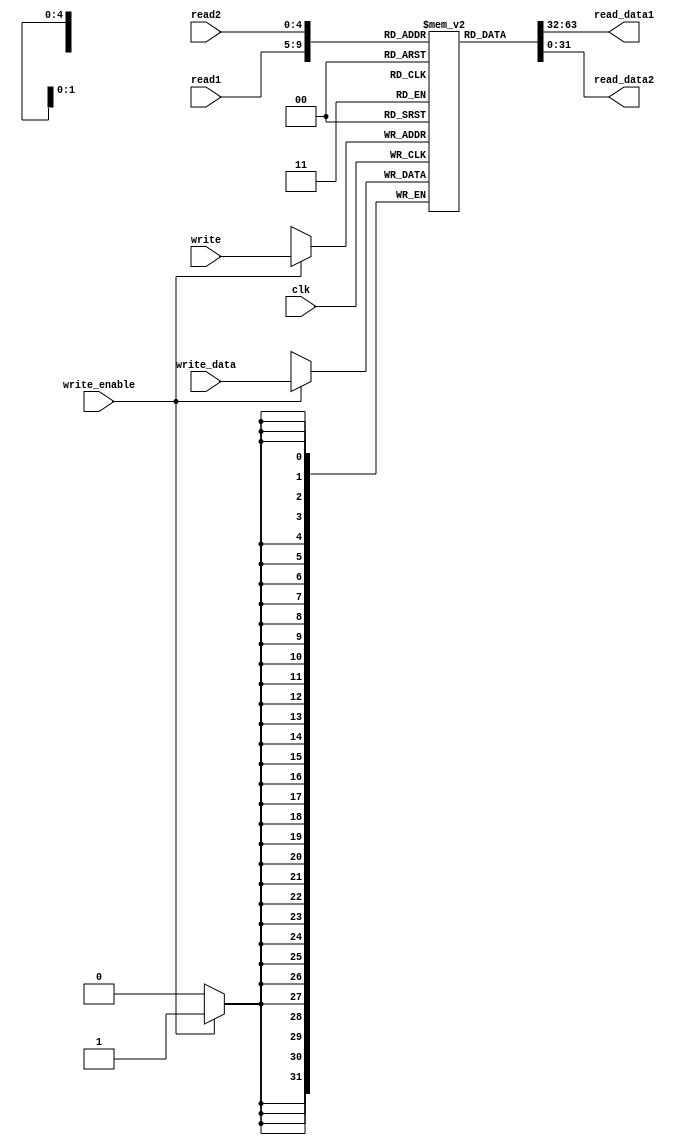
/*
 * Mark Mossberg
 * 12/5/2014
 * EECE 3324
 *
 * register_file.v -- Register file (32 registers, 32 bits each)
 */

module register_file (clk, read1, read2, write, write_data, write_enable,
                      read_data1, read_data2);

input clk, write_enable;
input [4:0] read1, read2, write;
input [31:0] write_data;
output [31:0] read_data1, read_data2;

reg [5:0] i;
reg [31:0] regfile [31:0];

/* initial clear */
initial
begin
    for (i = 0; i < 32; i=i+1)
        regfile[i] = 0;
end

assign read_data1 = regfile[read1];
assign read_data2 = regfile[read2];

/* writeback */
always @(posedge clk)
begin
    if (write_enable)
        regfile[write] = write_data;
end

endmodule